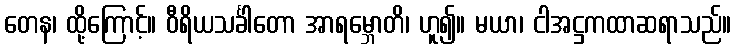
တေန၊ ထို့ကြောင့်။ ဝီရိယသင်္ခါတော အာရမ္ဘောတိ၊ ဟူ၍။ မယာ၊ ငါအဋ္ဌကထာဆရာသည်။